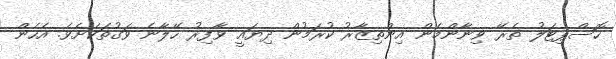
ހޮސްޕިޓަލު ތެރޭ ވިނާންމެން އިންތިޒާރު ކުރަމުން ދިޔައީ ވާފިރު ހޭލާނެ ވަގުތަކަށެވެ. އެހެން